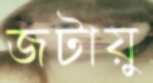
জটায়ু